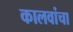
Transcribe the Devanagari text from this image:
कालवांचा